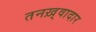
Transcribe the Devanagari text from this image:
तनख़्वादार